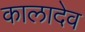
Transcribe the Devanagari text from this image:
कालादेव